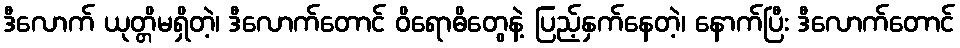
ဒီလောက် ယုတ္တိမရှိတဲ့၊ ဒီလောက်တောင် ဝိရောဓိတွေနဲ့ ပြည့်နှက်နေတဲ့၊ နောက်ပြီး ဒီလောက်တောင်